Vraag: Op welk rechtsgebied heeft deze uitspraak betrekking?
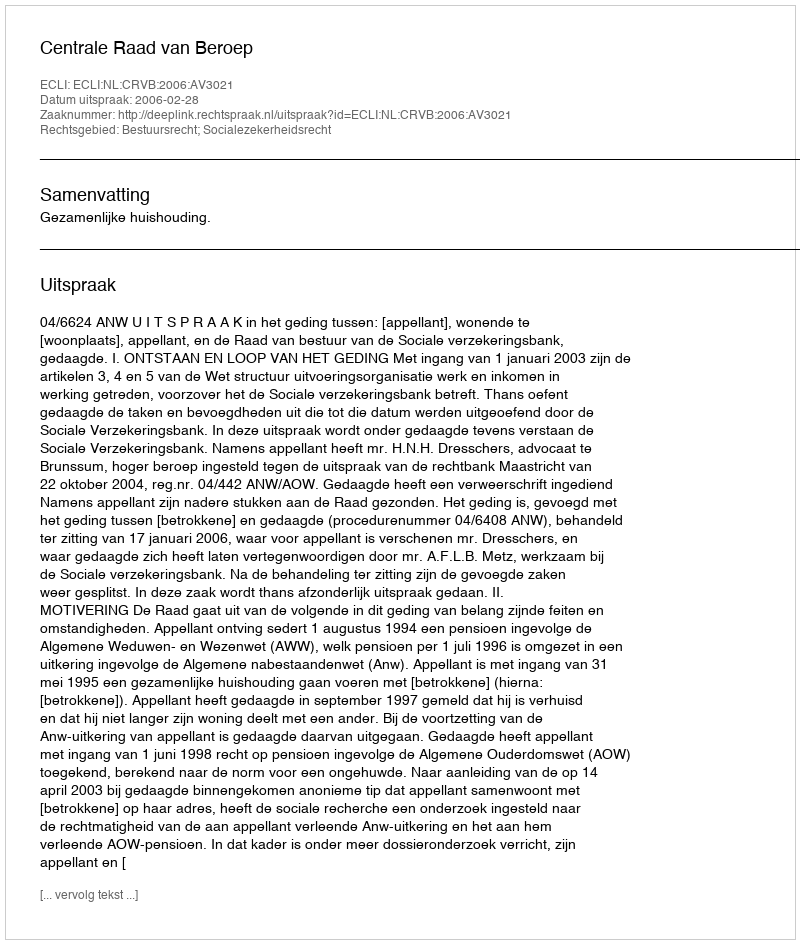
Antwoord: Bestuursrecht; Socialezekerheidsrecht